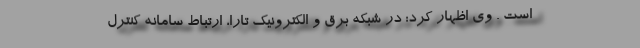
است . وی اظهار کرد: در شبکه برق و الکترونیک تارا، ارتباط سامانه کنترل